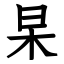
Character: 杲